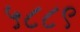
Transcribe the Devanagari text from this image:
५८८९